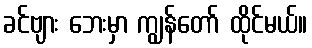
ခင်ဗျား ဘေးမှာ ကျွန်တော် ထိုင်မယ်။